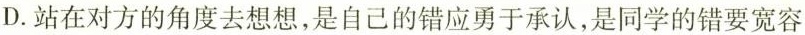
D.站在对方的角度去想想，是自己的错应勇于承认，是同学的错要宽容